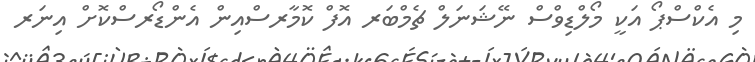
މި އެކްސްޕޯ އަކީ މޯލްޑިވްސް ނޭޝަނަލް ޗެމްބަރ އޮފް ކޮމާރސްއިން އެންޑޯރސްކޮށް އިނަރ